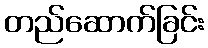
တည်ဆောက်ခြင်း